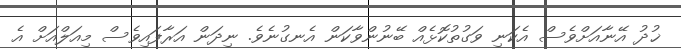
ޚުދު އޭނާއަށްވެސް އެކަނި ވަގުތުކޮޅެއް ބޭނުންވާކަން އެނގުނެވެ. ނިދަން އަރާފައިވެސް މިއަލްއަށް އެ